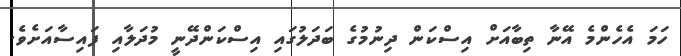
ހަމަ އެހެންމެ އޭނާ ތިބާއަށް އިސްކަން ދިނުމުގެ ބަދަލުގައި އިސްކަންދޭނީ މުދަލާއި ފައިސާއަށެވެ.